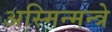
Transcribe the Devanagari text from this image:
अस्मिन्मन्त्रे